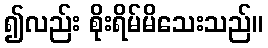
၍လည်း စိုးရိမ်မိသေးသည်။